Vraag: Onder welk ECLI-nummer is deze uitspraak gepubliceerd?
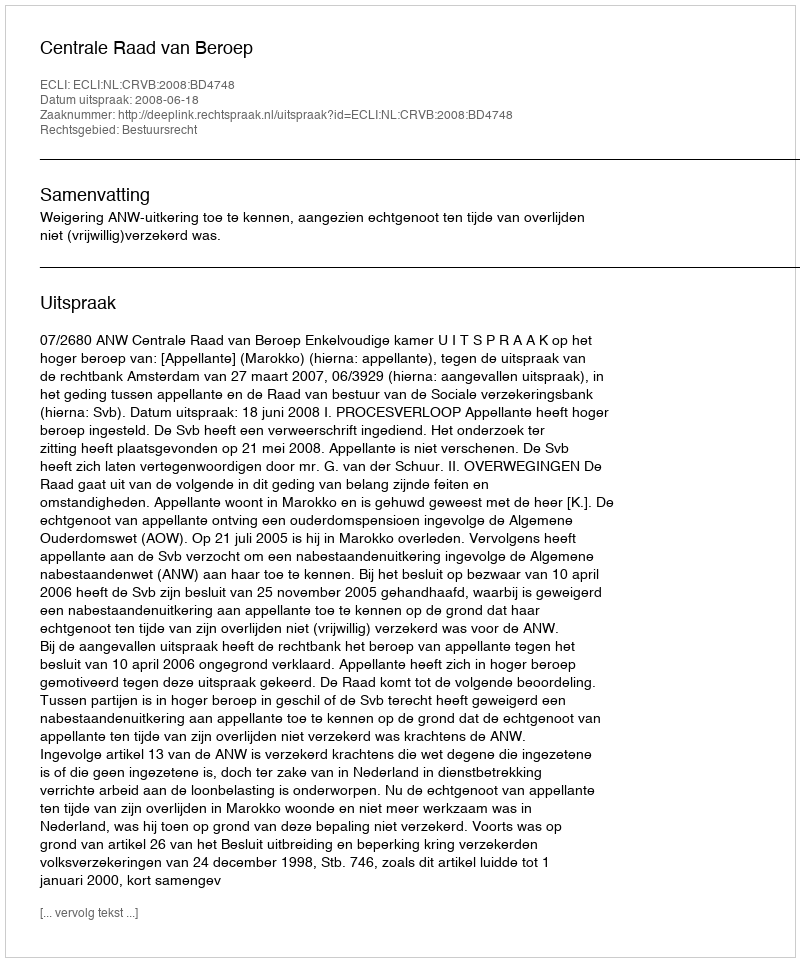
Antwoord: ECLI:NL:CRVB:2008:BD4748